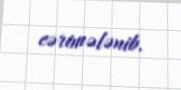
cərimələnib.